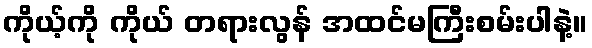
ကိုယ့်ကို ကိုယ် တရားလွန် အထင်မကြီးစမ်းပါနဲ့။